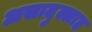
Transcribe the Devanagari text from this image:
असादुल्लाह